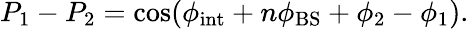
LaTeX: P_{1}-P_{2}=\cos(\phi_{\mathrm{int}}+n\phi_{\mathrm{BS}}+\phi_{2}-\phi_{1}).